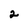
Character: 2